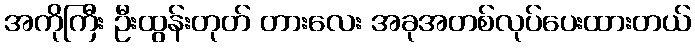
အကိုကြီး ဦးထွန်းတုတ် တားလေး အခုအတစ်လုပ်ပေးထားတယ်